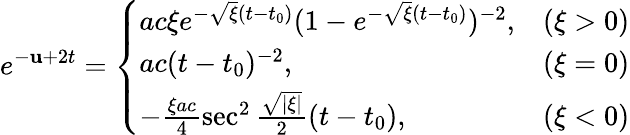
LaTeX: e^{-\mathbf{u}+2t}=\left\{ \begin{array}{lc}{{ac\xi e^{-\sqrt{\xi}(t-t_{0})}(1-e^{-\sqrt{\xi}(t-t_{0})})^{-2},}}&{{(\xi>0)}}\\ {{ac(t-t_{0})^{-2},}}&{{(\xi=0)}}\\ {{-\frac{\xi ac}4\sec^{2}\frac{\sqrt{|\xi|}}2(t-t_{0}),}}&{{(\xi<0)}}\end{array}\right.